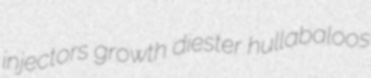
injectors growth diester hullabaloos